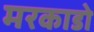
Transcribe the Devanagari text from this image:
मरकाडो